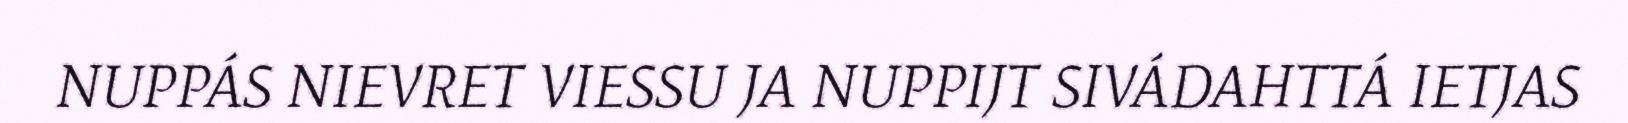
NUPPÁS NIEVRET VIESSU JA NUPPIJT SIVÁDAHTTÁ IETJAS